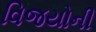
વિજયોની